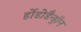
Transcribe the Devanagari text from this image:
र्होडोडैन्ड्रॉन